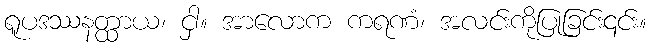
ရူပဒဿနတ္ထာယ၊ ငှါ။ အာလောက ကရဏံ၊ အလင်းကိုပြုခြင်း၎င်း။